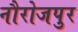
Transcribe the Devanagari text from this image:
नौरोजपुर